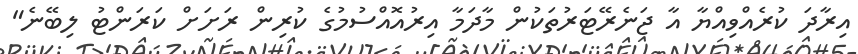
އިރާދަ ކުރެއްވިއްޔާ އާ ޖަނެރޭޓަރުތަކުން މާދަމާ އިރުއޮއްސުމުގެ ކުރިން ރަށަށް ކަރަންޓު ލިބޭނެ"